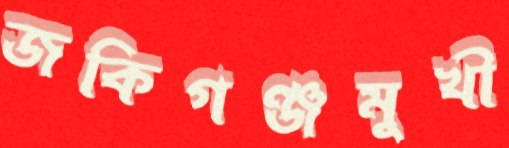
জকিগঞ্জমুখী